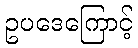
ဥပဒေကြောင့်